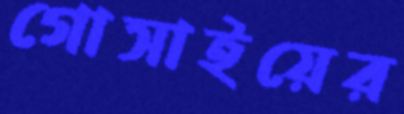
গোসাইয়ের